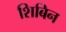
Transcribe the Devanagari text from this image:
शिबिन